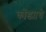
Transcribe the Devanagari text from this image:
कोंड्याचे